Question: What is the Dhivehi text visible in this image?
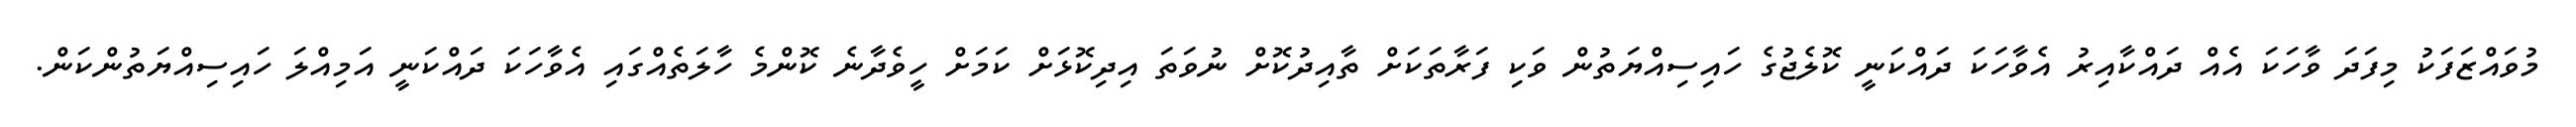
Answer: މުވައްޒަފަކު މިފަދަ ވާހަކަ އެއް ދައްކާއިރު އެވާހަކަ ދައްކަނީ ކޮލެޖުގެ ހައިސިއްޔަތުން ވަކި ފަރާތަކަށް ތާއިދުކޮށް ނުވަތަ އިދިކޮޅަށް ކަމަށް ހީވެދާނެ ކޮންމެ ހާލަތެއްގައި އެވާހަކަ ދައްކަނީ އަމިއްލަ ހައިސިއްޔަތުންކަން.